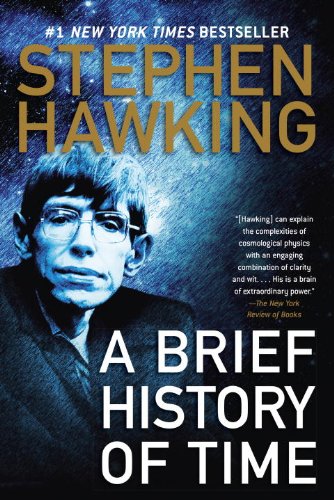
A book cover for A Brief History of Time: And Other Essays; Stephen Hawking; Science & Math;